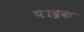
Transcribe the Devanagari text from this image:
पेंद्रिक